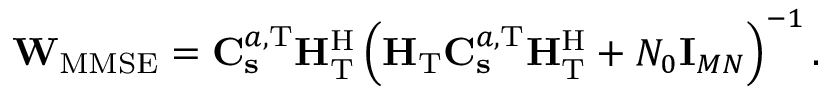
\mathbf { W } _ { \mathrm { M M S E } } = \mathbf { C } _ { \mathbf { s } } ^ { a , \mathrm { T } } \mathbf { H } _ { \mathrm { T } } ^ { \mathrm { H } } \left( \mathbf { H } _ { \mathrm { T } } \mathbf { C } _ { \mathbf { s } } ^ { a , \mathrm { T } } \mathbf { H } _ { \mathrm { T } } ^ { \mathrm { H } } + N _ { 0 } \mathbf { I } _ { M N } \right) ^ { - 1 } .